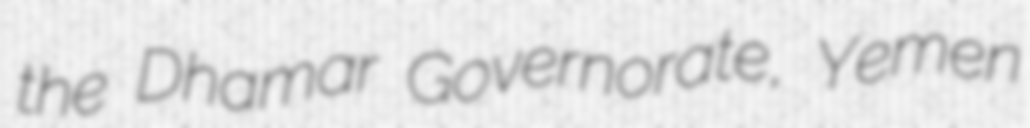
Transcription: the Dhamar Governorate, Yemen